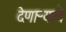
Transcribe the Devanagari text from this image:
देणाऱ्याचे